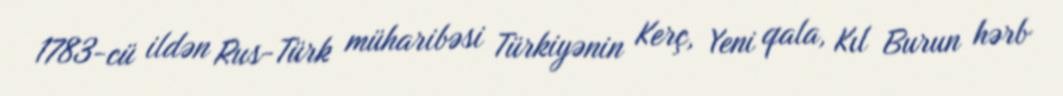
1783-cü ildən Rus-Türk müharibəsi Türkiyənin Kerç, Yeni qala, Kıl Burun hərb